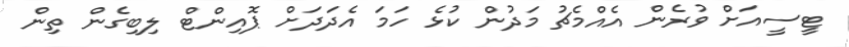
ޓީސީއަށް ވުރެން އެއްމެޗު މަދުން ކުޅެ ހަމަ އެދަދަށް ޕޮއިންޓް ލިބިގެން ތިން